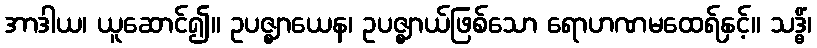
အာဒါယ၊ ယူဆောင်၍။ ဥပဇ္ဈာယေန၊ ဥပဇ္ဈာယ်ဖြစ်သော ရောဟဏမထေရ်နှင့်။ သဒ္ဓိံ၊